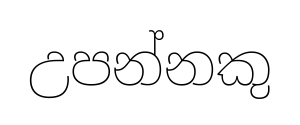
උපන්නකු